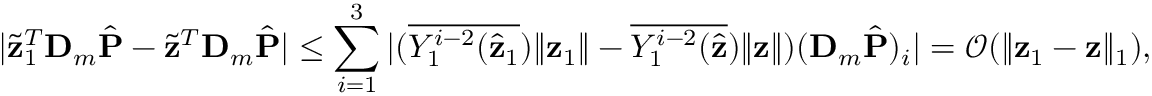
| \widetilde { \mathbf z } _ { 1 } ^ { T } \mathbf D _ { m } \hat { \mathbf P } - \widetilde { \mathbf z } ^ { T } \mathbf D _ { m } \hat { \mathbf P } | \leq \sum _ { i = 1 } ^ { 3 } | ( { \overline { { Y _ { 1 } ^ { i - 2 } ( \hat { \mathbf { z } } _ { 1 } } } ) \| \mathbf { z } _ { 1 } \| } - { \overline { { Y _ { 1 } ^ { i - 2 } ( \hat { \mathbf { z } } } } ) \| \mathbf { z } \| } ) ( \mathbf D _ { m } \hat { \mathbf P } ) _ { i } | = \mathcal { O } ( \| \mathbf { z } _ { 1 } - \mathbf { z } \| _ { 1 } ) ,